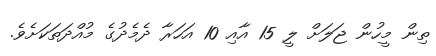
ތިން މީހުން ޖަލަށް ލީ 15 އާއި 10 އަހަރާ ދެމެދުގެ މުއްދަތަކަށެވެ.